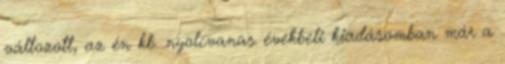
változott, az én kb. nyolcvanas évekbeli kiadásomban már a